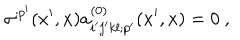
LaTeX: \sigma ^ { ; p ^ { \prime } } ( x ^ { \prime } , x ) a _ { i ^ { \prime } j ^ { \prime } k l ; p ^ { \prime } } ^ { ( 0 ) } ( x ^ { \prime } , x ) = 0 \ ,